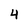
Character: 4